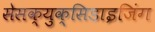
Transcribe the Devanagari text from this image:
सेसक्युक्सिडाइजिंग